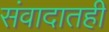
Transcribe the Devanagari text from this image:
संवादातही